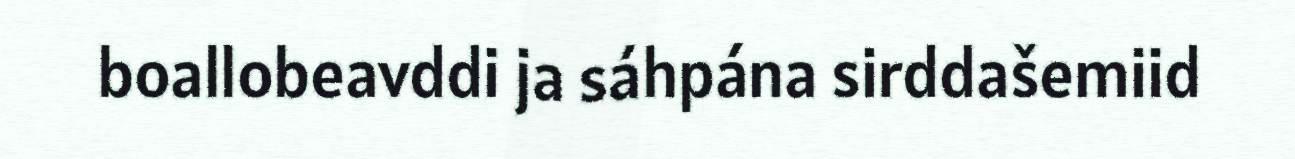
boallobeavddi ja sáhpána sirddašemiid